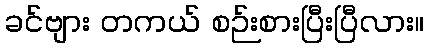
ခင်ဗျား တကယ် စဉ်းစားပြီးပြီလား။